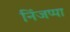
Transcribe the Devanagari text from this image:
निंजप्पा